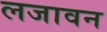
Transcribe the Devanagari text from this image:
लजावन